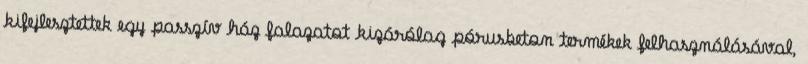
kifejlesztettek egy passzív ház falazatot kizárólag pórusbeton termékek felhasználásával,